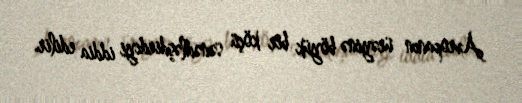
Avropanın ürəyinə böyük bir köçü sənədləşdirdiyi iddia edilir.